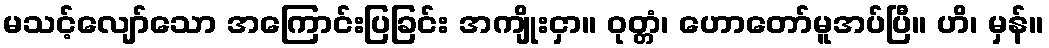
မသင့်လျော်သော အကြောင်းပြခြင်း အကျိုးငှာ။ ဝုတ္တံ၊ ဟောတော်မူအပ်ပြီ။ ဟိ၊ မှန်။